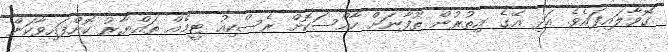
ގޮވާލައިފައެވެ. އަދި އޭގެ އިތުރުން ތޫފާނަށް ހާއްސަކޮށް ރެސްކިއު ޓީމެއް ތައްޔާރު ކޮށްފައިވާކަން